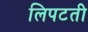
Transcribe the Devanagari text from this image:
लिपटती